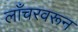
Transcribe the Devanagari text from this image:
लाँचरवरून